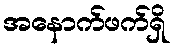
အနောက်ဖက်ရှိ